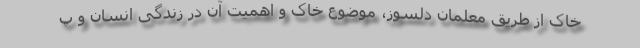
خاک از طریق معلمان دلسوز، موضوع خاک و اهمیت آن در زندگی انسان و پ